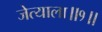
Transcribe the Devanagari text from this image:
जेत्याला॥१॥